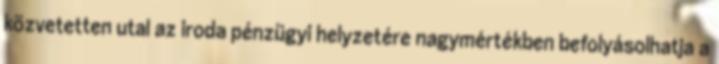
közvetetten utal az iroda pénzügyi helyzetére nagymértékben befolyásolhatja a